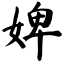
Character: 婢